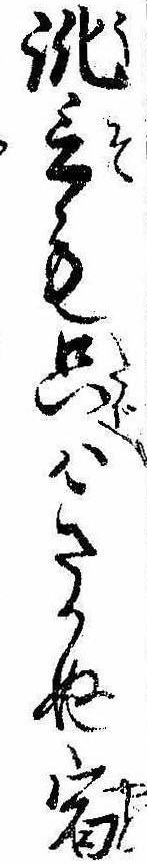
訛言も只はきかぬ宿